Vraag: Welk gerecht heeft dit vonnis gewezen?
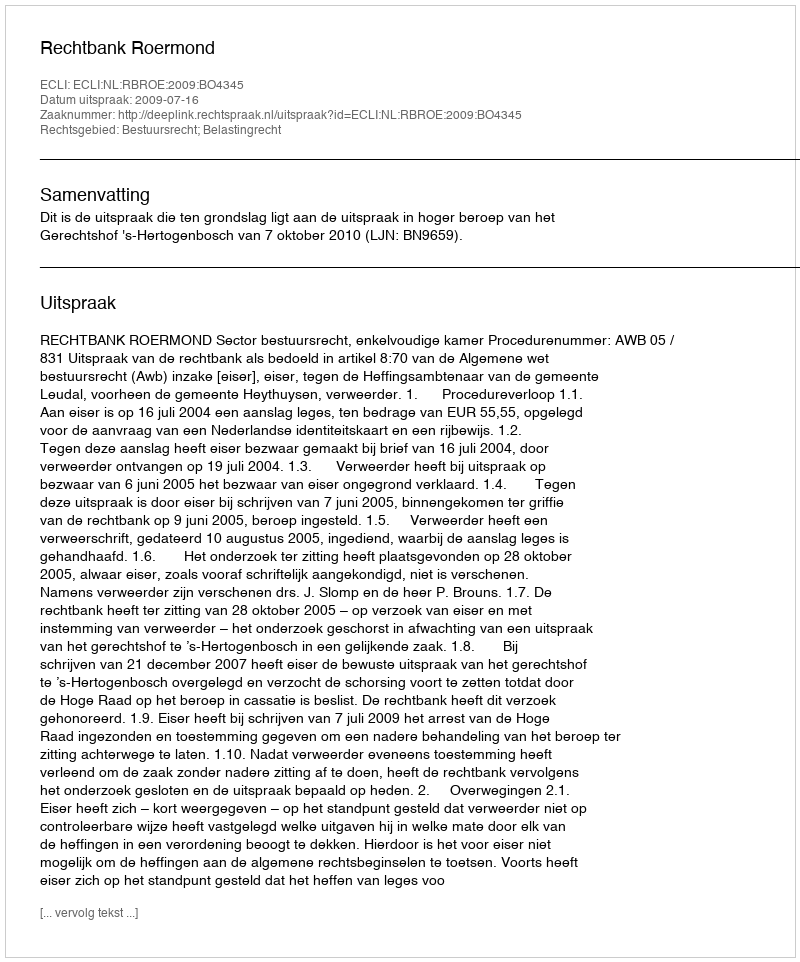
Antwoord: Rechtbank Roermond